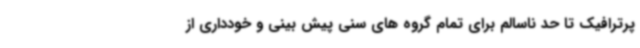
پرترافیک تا حد ناسالم برای تمام گروه های سنی پیش بینی و خودداری از